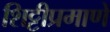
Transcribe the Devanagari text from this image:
शिट्टीप्रमाणे